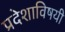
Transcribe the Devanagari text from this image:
प्रदेशाविषयी